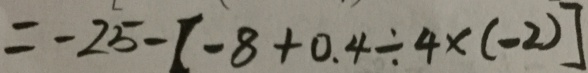
= - 2 5 - [ - 8 + 0 . 4 \div 4 \times ( - 2 ) ]